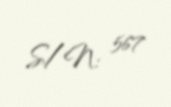
S/N: 567